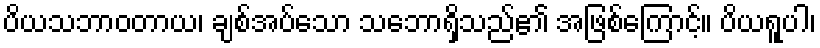
ပိယသဘာဝတာယ၊ ချစ်အပ်သော သဘောရှိသည်၏ အဖြစ်ကြောင့်။ ပိယရူပါ၊